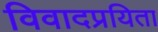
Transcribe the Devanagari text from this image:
विवादप्रयिता